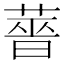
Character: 𬝶